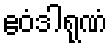
ဧဝံဒါရုဏံ